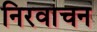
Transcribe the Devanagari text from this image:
निरवाचन